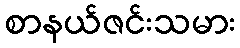
စာနယ်ဇင်းသမား